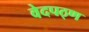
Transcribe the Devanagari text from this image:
वेदपठ्ण